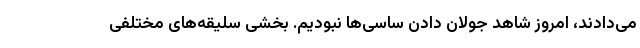
می‌دادند، امروز شاهد جولان دادن ساسی‌ها نبودیم. بخشی سلیقه‌های مختلفی